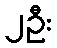
၂ဦး